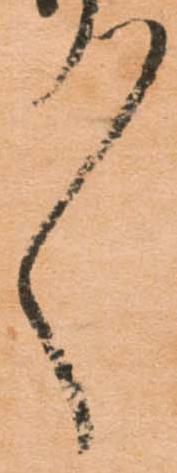
々